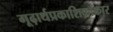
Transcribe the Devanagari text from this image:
गूढ़ार्थप्रकाशिकाकार